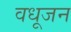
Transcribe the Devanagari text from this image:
वधूजन